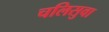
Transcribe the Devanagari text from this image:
चलिसुवा